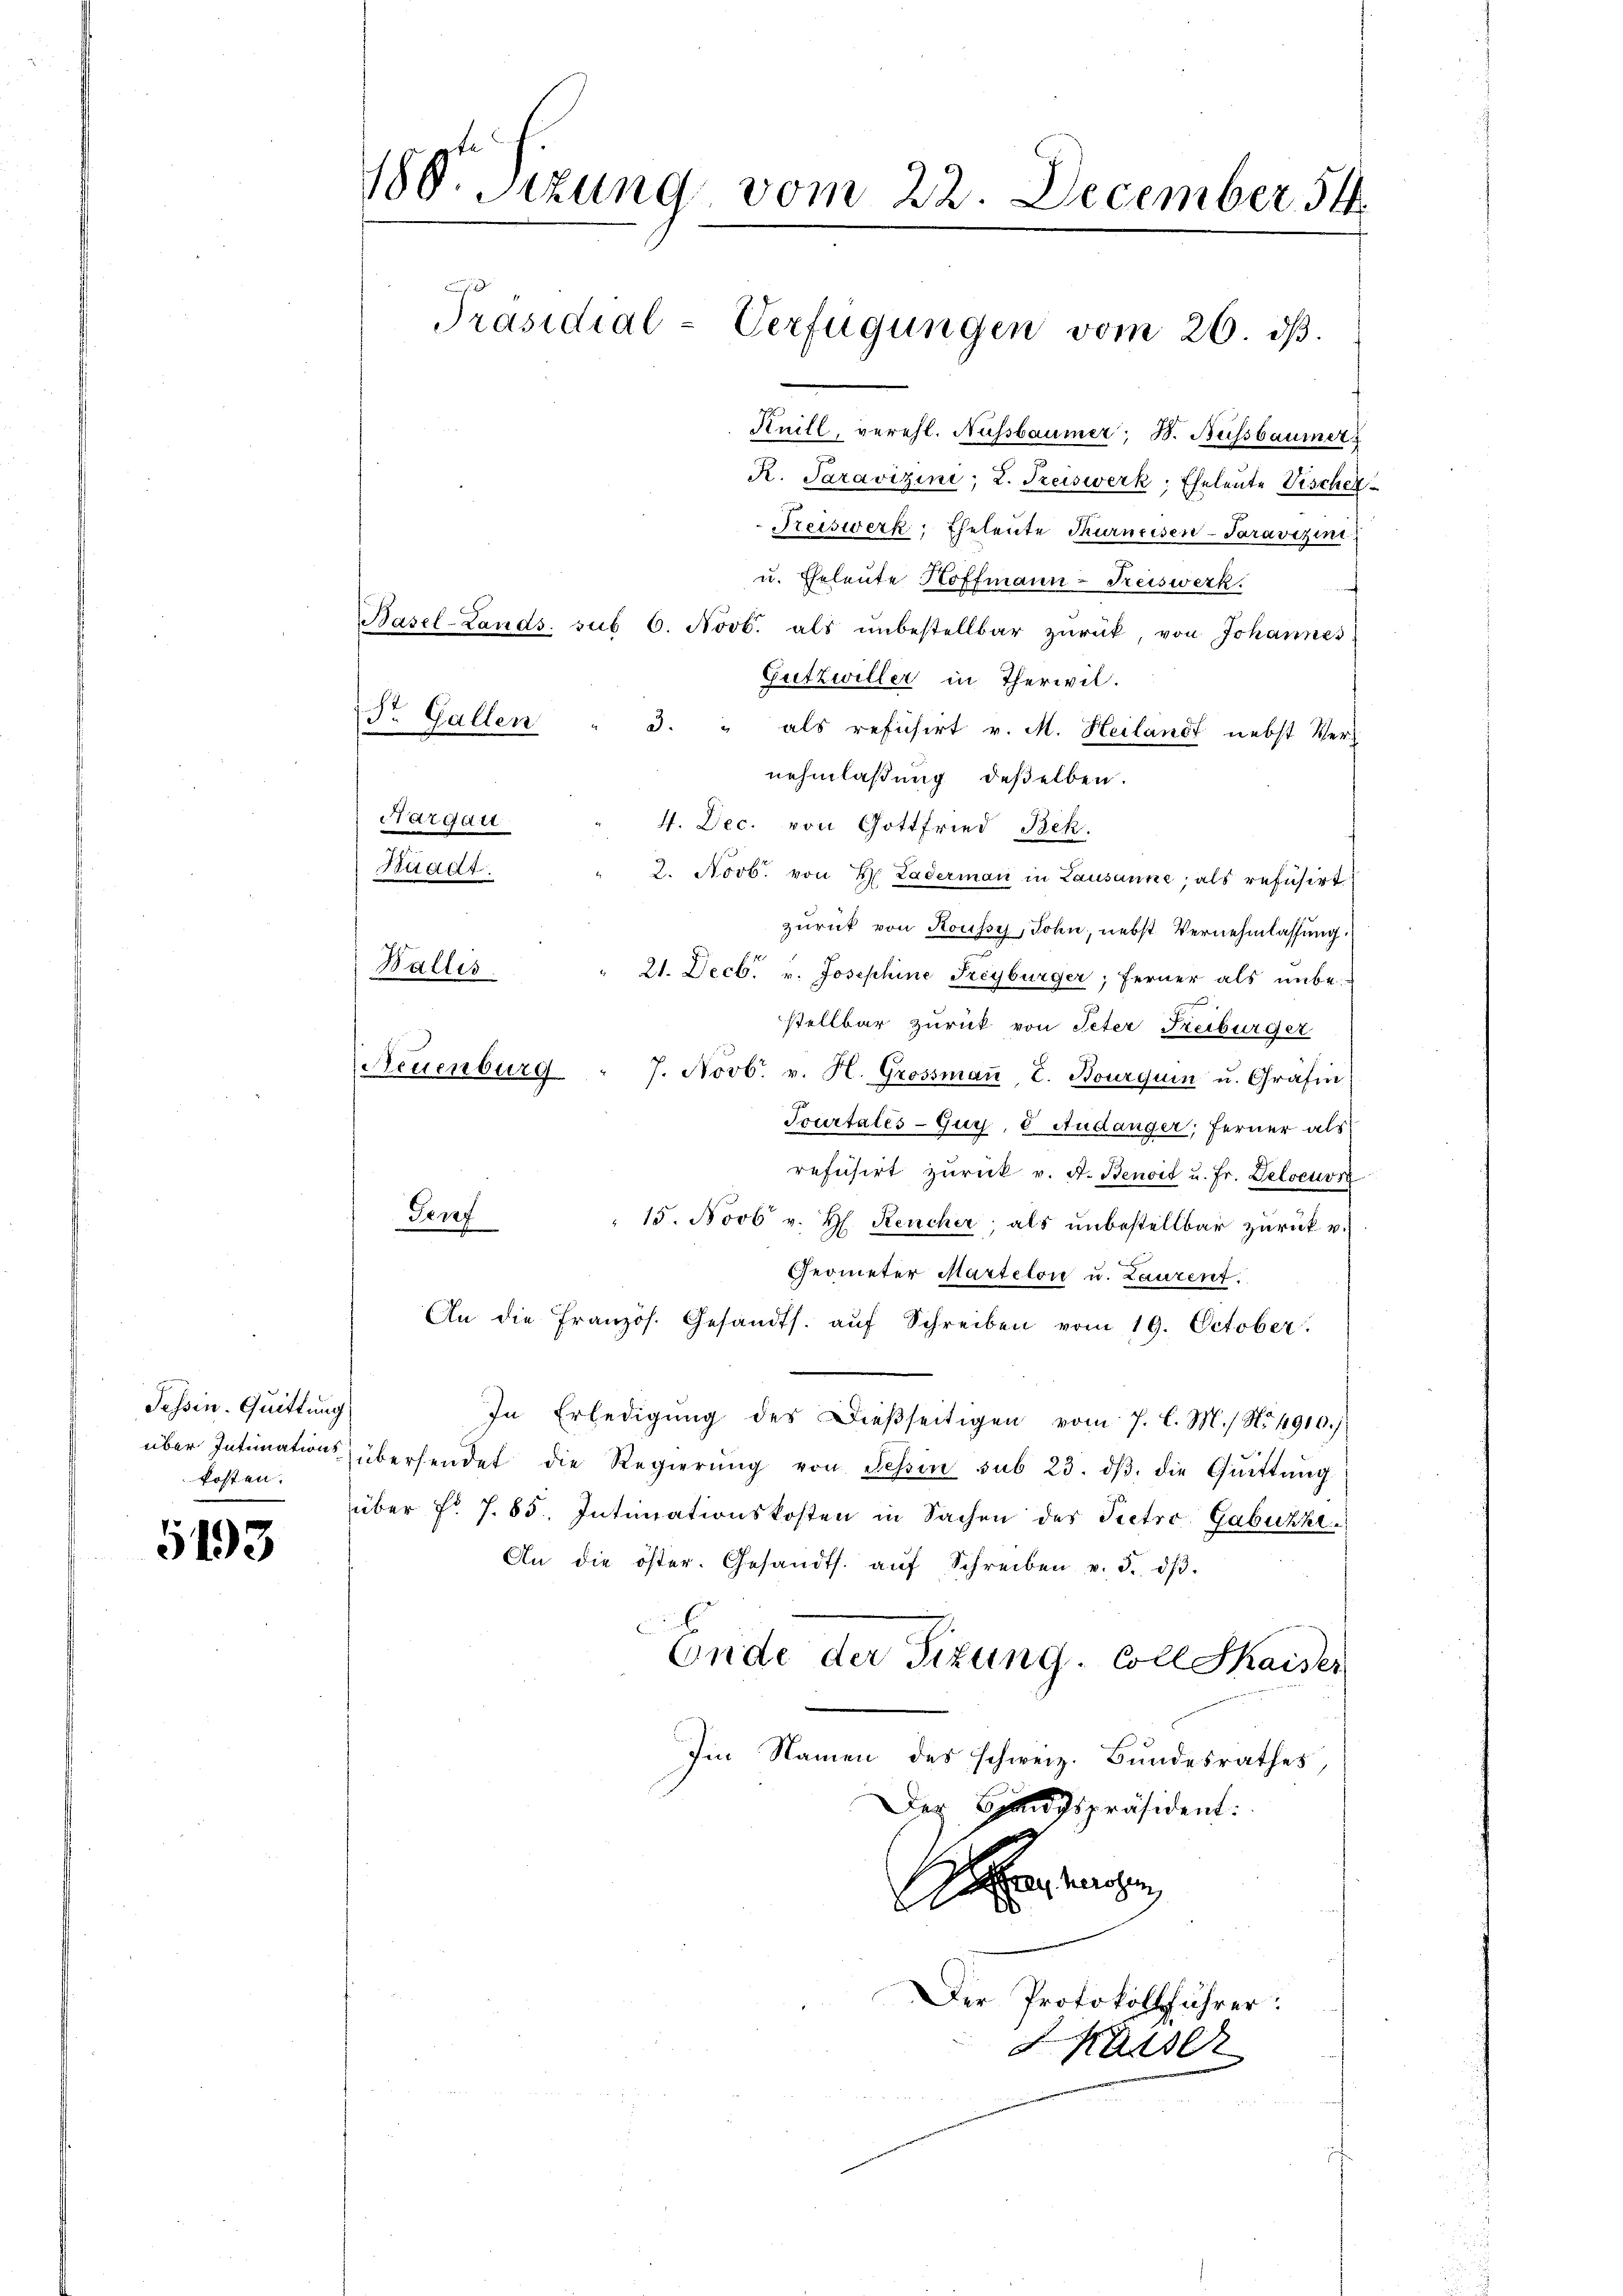
Tessin. Quittung
kosten.

5193

u. Eheleute Hoffmann-Freiswerk.
Basel-Lands. sub 6. Novb. als ŭnbestellbar zŭrück, von Johannes
Gutzwiller in Therwil.
Dr. Gallen " 3. " als refuchirt v. M. Heilandt nebst Verz
nehmlaßung deßelben.
4. Dec. von Gottfried Bek.
2. Novb. von H. Laderman in Lausanne, als refusirt
zurück von Koussy, John, nebst Vernehmlassung
21. Decbr. v. Josephine Freyburger; ferner als unbe-
stellbar zurück von Peter Freiburger
7. Novb. v. H. Grossman, L. Bourquin u. Gräfin
Tourtales-Guys, 8 Audanger; ferner als
refüsirt zŭrück v. A. Benoit u. fr. Deloeuvr
Ferrz
 15. Novb v. H. Reicher, als unbestellbar zurück u.
Geometer Martelon u. Laurent.
An die französ. Gesandts. aŭf Schreiben vom 19. October.
In Erledigŭng des Dieβseitigen vom 7. l. M.) No 4910.)
über Intimation übersendet die Regierŭng von Tessin sub 23. dβ, die Qŭittŭng
über fr. 7. 85. Intimationskosten in Sachen des Petro Gabuzzi
An die öster. Gesandts. aŭf Schreiben v. 5. dβ.
Ende der Sizung - Coll Shaiser
Im Namen des schweiz. Bundesrathes,
Der Brandspräsident:
Arrange
Der Protokollführer:
Kasser

argau
Staat
Wallis

180. Sitzung vom 22. December 54
Präsidial-Verfügungen vom 26. ds.
Huill, verehl. Aussbaumer; B. Bussbaumer
R. Paravizini; L. Preiswerk, Eheleute Vischer¬
Preiswerk, Eheleute Thurneisen-Paravizini

Neuenburg